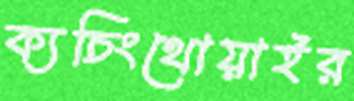
ক্যচিংথোয়াইর